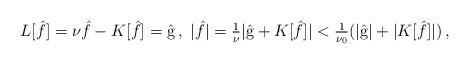
LaTeX: \begin{align*}\begin{aligned}L [\hat{f}] = \nu \hat{f} - K [\hat{f}] = \hat{\textrm{g}} \,, \ |\hat{f}| = \tfrac{1}{\nu} | \hat{\textrm{g}} + K [\hat{f}] | < \tfrac{1}{\nu_0} ( |\hat{\textrm{g}} | + |K [\hat{f}] | ) \,,\end{aligned}\end{align*}